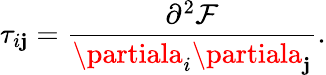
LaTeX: \tau_{i\mathbf{j}}=\frac{{\partial^{2}\mathcal{{F}}}}{{\partiala_{i}\partiala_{\mathbf{j}}}}.